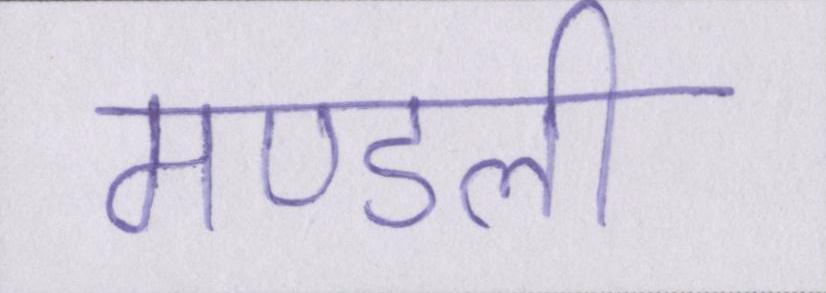
मण्डली